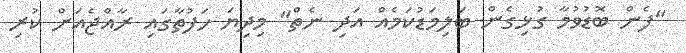
"ފެން ބޮޑުވުމާ ގުޅިގެން ބަލިމަޑުކަމެއް އަދި ނެތް" މިދިޔަ ހަފުތާގައި ރާއްޖެއަށް ކުރި